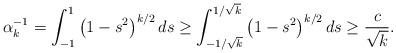
LaTeX: \begin{align*} \alpha_k^{-1} = \int_{-1}^1 \left( 1 - s^2 \right)^{k/2} ds\geq \int_{-1/\sqrt{k}}^{1/\sqrt{k}} \left( 1 - s^2 \right)^{k/2} ds \geq \frac{c}{\sqrt{k}}. \end{align*}